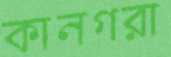
কানগরা